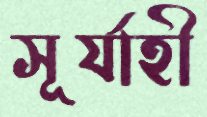
সূর্যাহী